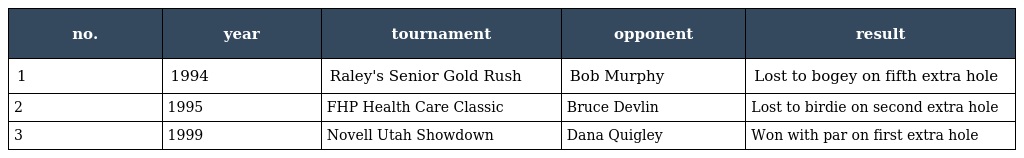
| no. | year | tournament | opponent | result |
 | --- | --- | --- | --- | --- |
 | 1 | 1994 | Raley's Senior Gold Rush | Bob Murphy | Lost to bogey on fifth extra hole |
 | 2 | 1995 | FHP Health Care Classic | Bruce Devlin | Lost to birdie on second extra hole |
 | 3 | 1999 | Novell Utah Showdown | Dana Quigley | Won with par on first extra hole |